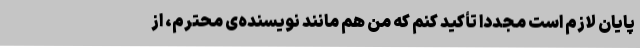
پایان لازم است مجدداً تأکید کنم که من هم مانند نویسنده‌ی محترم، از